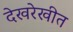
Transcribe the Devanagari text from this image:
देखरेखीत